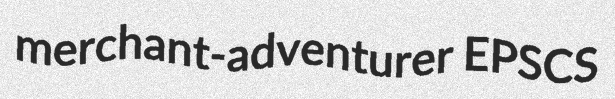
merchant-adventurer EPSCS